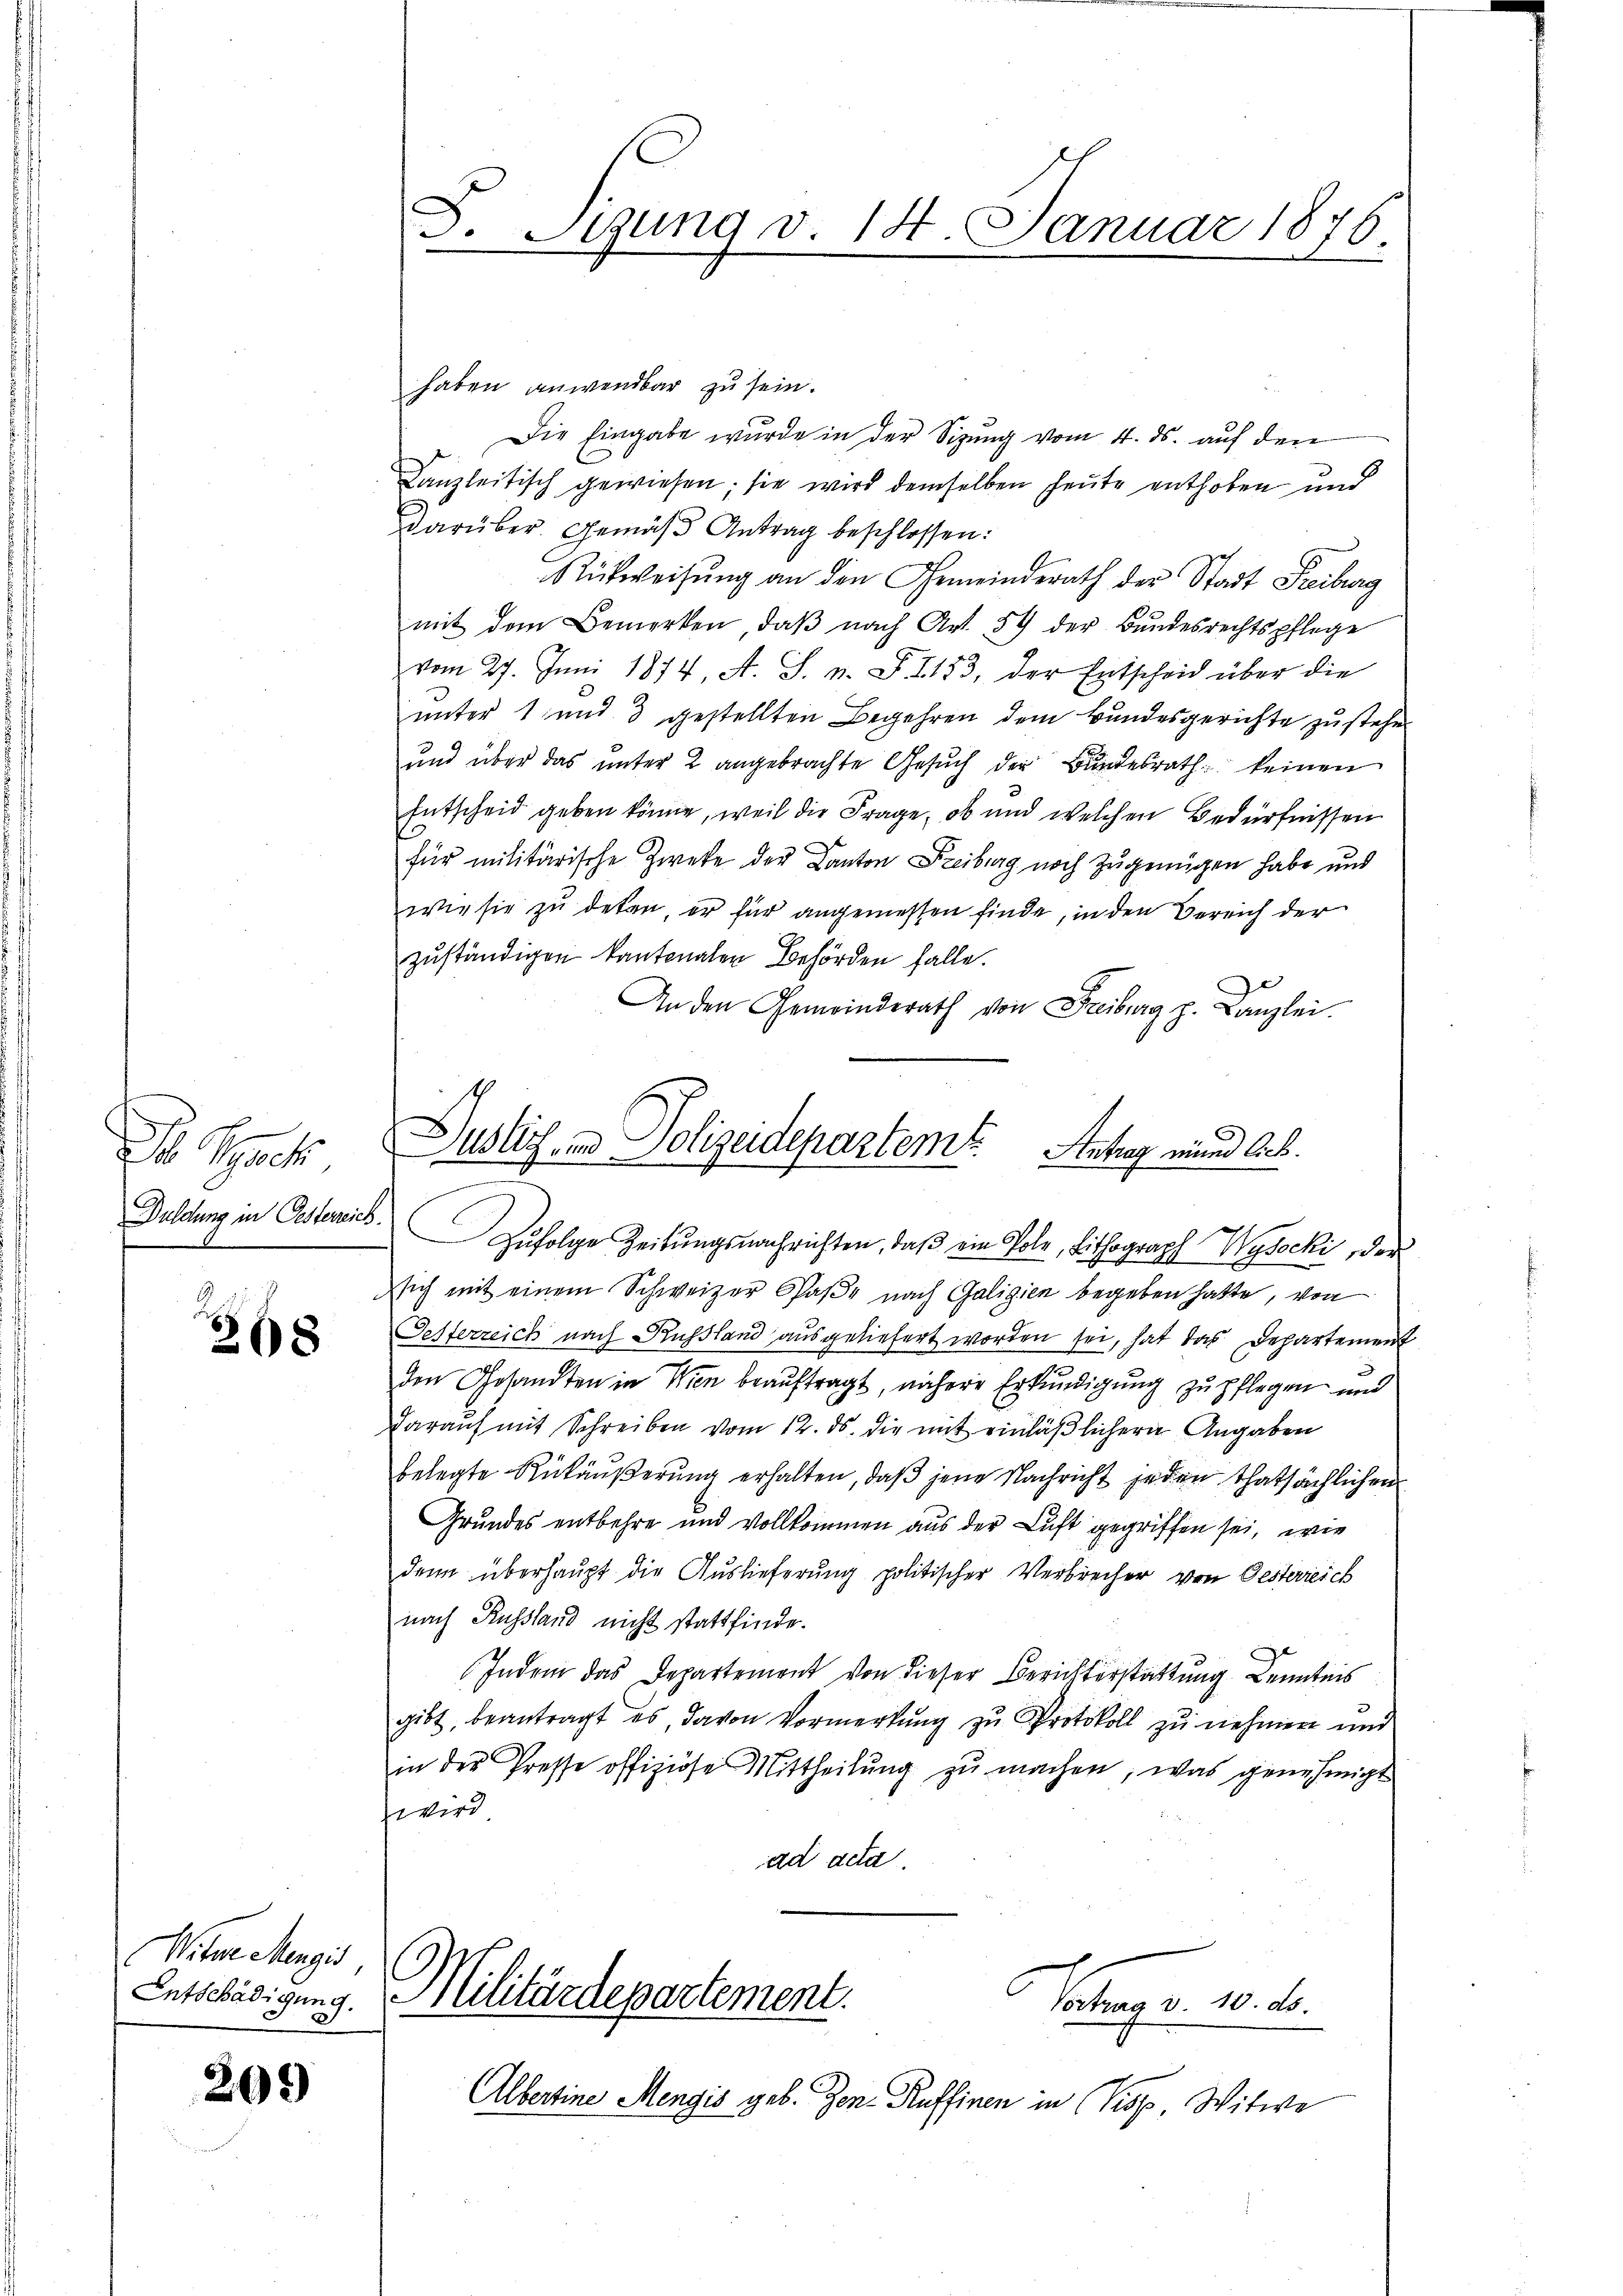
Dr. Spe
Duldung in Oesterreich.

268

Witwe Menzi,
Entschädigung.

209

haben anwendbar zu sein.
Die Eingabe wurde in der Sizung vom 4. ds. auf den
Kanzleitisch gewiesen; sie wird demselben heute enthoben und
darüber. Gemäß Antrag beschlossen:
Rükweisŭng an den Gemeinderath der Stadt Freiburg
mit dem Bemerken, daβ nach Art. 54 der Bŭndesrechtspflege
vom 27. Juni 1874, A. S. n. F. 1153, der Entscheid über die
unter 1 und 3 gestellten Begehren dem Bundesgerichte zu stehen
und über das ŭnter 2 angebrachte Gesŭch der Bundesrath keinen
Entscheid geben könne, weil die Frage, ob und welchen Bedürfnissen
e
für militärische Zweke der Kanton Freiburg noch Zugenügen habe und
wie sie zu deten, er für angemessen finde, in den Verrich der
zuständigen kantonalen Behörden falle.
An den Gemeinderath von Freiburg z. Kanzlei.

F. Sigung v. 14. Januar 1876.

Dußlich und Polizeidepartem Antrag mund Ach.
Zŭfolge Zeitŭngsnachrichten, daβ ein Pole, Lithograph Wysocki, der

sich mit einem Schweizer Spaβe nach Galizien begeben hatte, von
Oesterreich nach Russland ausgeliefert worden sei, hat das Departement
den Gesandten in Wien beauftragt, nähere Erkundigung zu pflegen und
darauf mit Schreiben vom 12. ds. die mit einläßlichern Angaben
belegte Rükäußerung erhalten, daß jene Nachricht jeden thatsächlichen
Grundes entbehre und vollkommen aus der Luft gegriffen sei, wie
denn überhaupt die Auslieferung politischer Verbrecher von Gesterreich
nach Russland nicht stattfinde.
Indem das Departement von dieser Berichterstattung Kenntnis
gibt, beantragt es davon Vormerkung zu Protokoll zu nehmen und
in der Presse offiziöse Mittheilung zu machen, was genehmigt
wird
ad acta.
Militärdepartement.
Satura v. 10. d.
Albertine Mengis geb. Jen-Ruffinen in Pisp Witwe